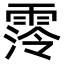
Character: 霗